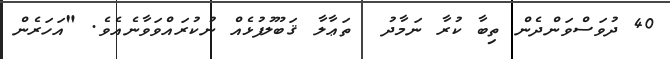
40 ދުވަސްވަންދެން ތިބާ ކުރާ ނަމާދު  ތަޢާލާ ޤަބޫލުފުޅެއް ނުކުރައްވަވާނެއެވެ. "އަހަރެން